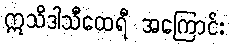
ဣသိဒါသီထေရီ အကြောင်း